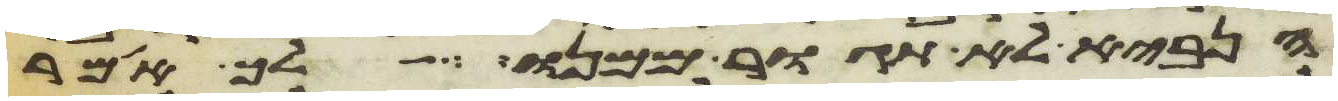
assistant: הנביא לא תגור ממנו לך אמר